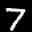
Label: 7